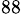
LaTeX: ^{88}